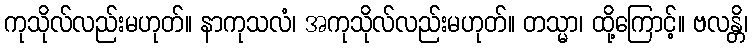
ကုသိုလ်လည်းမဟုတ်။ နာကုသလံ၊ အကုသိုလ်လည်းမဟုတ်။ တသ္မာ၊ ထို့ကြောင့်။ ဗလန္တိ၊